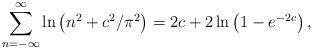
LaTeX: \begin{align*}\sum_{n=-\infty}^\infty \ln \left( n^2 + c^2/ \pi^2 \right)=2c+2\ln \left( 1 - e^{-2c} \right),\end{align*}